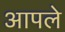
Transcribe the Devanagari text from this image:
अापले